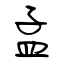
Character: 孟